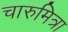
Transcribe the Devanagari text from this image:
चारुमित्रा